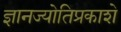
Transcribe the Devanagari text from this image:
ज्ञानज्योतिप्रकाशे